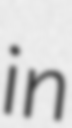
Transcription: in